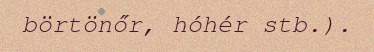
börtönőr, hóhér stb.).